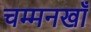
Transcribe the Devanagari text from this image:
चम्मनखाँ